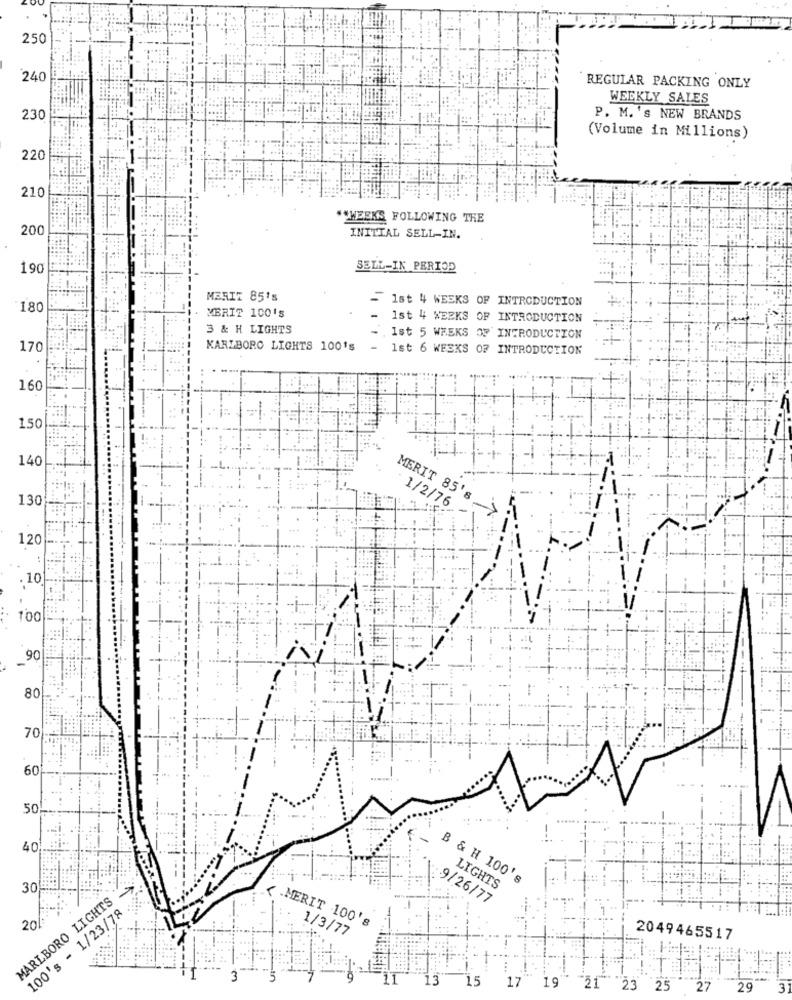
250
240
REGULAR PACKING ONLY
WEEKLY SALES
230
P. M. 's NEW BRANDS
(Volume in Millions)
220
210
""WEEKS FOLLOWING THE
200
INITIAL SELL-IN.
190
SELL-IN PERIOD
MERIZ 85's
1st 4 WEEKS OF INTRODUCTION
180
MERIT 100'S
1st 4 WEEKS OF INTRODUCTION
3 & H LIGHTS
1st 5 WEEKS OF INTRODUCTION
170
KARLBORO LIGHTS 100's
1st 6 WEEKS OF INTRODUCTION
160
150
140
130
MERIT 85's
1/2/76
120
.10
100
90
80
70
2
60
50
......
40
B & H 100's
30
LIGHTS
MARLBORO LIGHTS
9/26/77
100's - 1/23/78
( .MERIT 100's
20
1/3/77
2049465517
3
13'
15
17
19
21
23
25
27
29
3